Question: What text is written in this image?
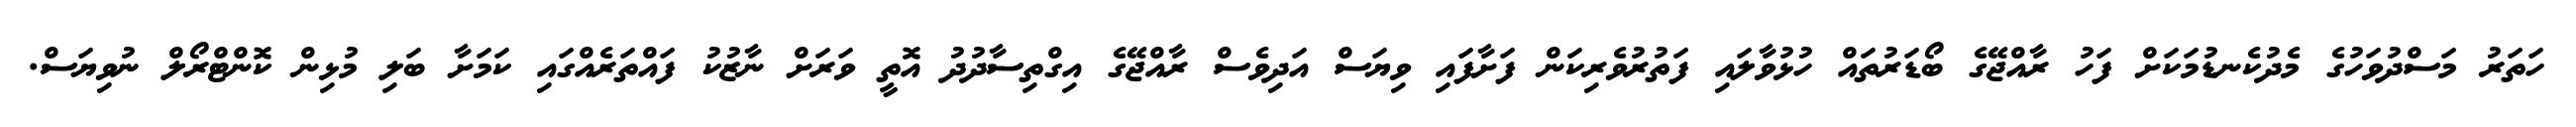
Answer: ހަތަރު މަސްދުވަހުގެ މެދުކެނޑުމަކަށް ފަހު ރާއްޖޭގެ ބޯޑަރުތައް ހުޅުވާލައި ފަތުރުވެރިކަން ފަށާފައި ވިޔަސް އަދިވެސް ރާއްޖޭގެ އިގްތިސާދުދު އޮތީ ވަރަށް ނާޒުކު ފައްތަރެއްގައި ކަމަށާ ބަލި މުޅިން ކޮންޓްރޯލް ނުވިޔަސް.